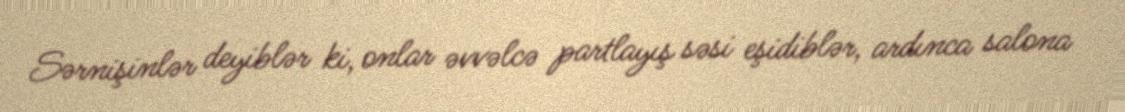
Sərnişinlər deyiblər ki, onlar əvvəlcə partlayış səsi eşidiblər, ardınca salona